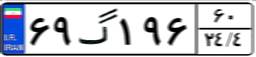
۶۹گ۱۹۶۶۰